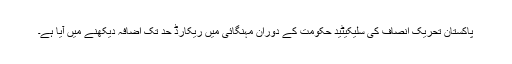
پاکستان تحریک انصاف کی سلیکیٹید حکومت کے دوران مہنگائی میں ریکارڈ حد تک اضافہ دیکھنے میں آیا ہے۔